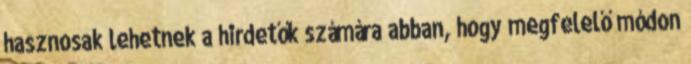
hasznosak lehetnek a hirdetők számára abban, hogy megfelelő módon